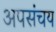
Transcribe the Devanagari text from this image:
अपसंचय